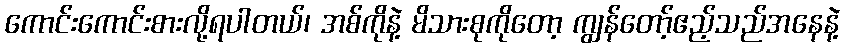
ကောင်းကောင်းစားလို့ရပါတယ်၊ အစ်ကိုနဲ့ မိသားစုကိုတော့ ကျွန်တော့်ဧည့်သည်အနေနဲ့